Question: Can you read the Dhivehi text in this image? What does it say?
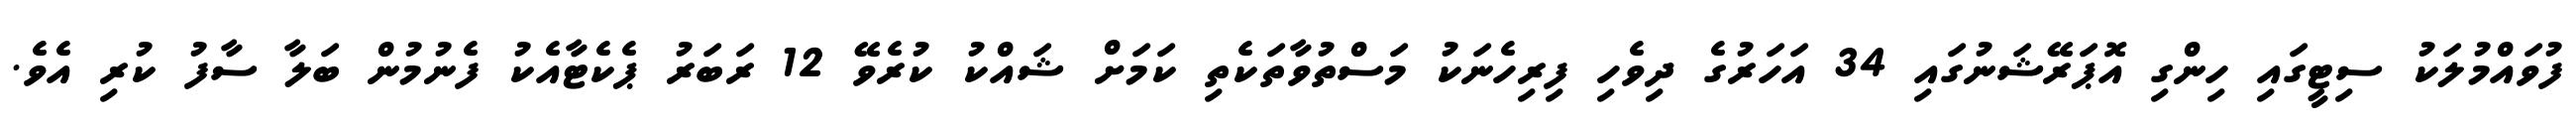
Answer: ފުވައްމުލަކު ސިޓީގައި ހިންގި އޮޕަރޭޝަނުގައި 34 އަހަރުގެ ދިވެހި ފިރިހެނަކު މަސްތުވާތަކެތި ކަމަށް ޝައްކު ކުރެވޭ 12 ރަބަރު ޕެކެޓާއެކު ފެނުމުން ބަލާ ސާފު ކުރި އެވެ.